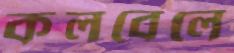
কলবেলে